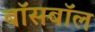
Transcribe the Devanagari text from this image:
बॉसबॉल